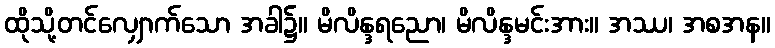
ထိုသို့တင်လျှောက်သော အခါ၌။ မိလိန္ဒရညော၊ မိလိန္ဒမင်းအား။ အဿ၊ အစအန။